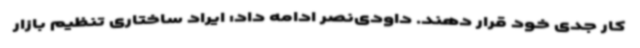
کار جدی خود قرار دهند. داودی‌نصر ادامه داد: ایراد ساختاری تنظیم بازار